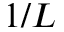
1 / L